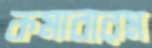
কমাবারম